Report on sanitation, dispensaries, and jails in Rajputana for 1916, and on vaccination for the year 1916-1917 - 1916-1917
Year: 1916
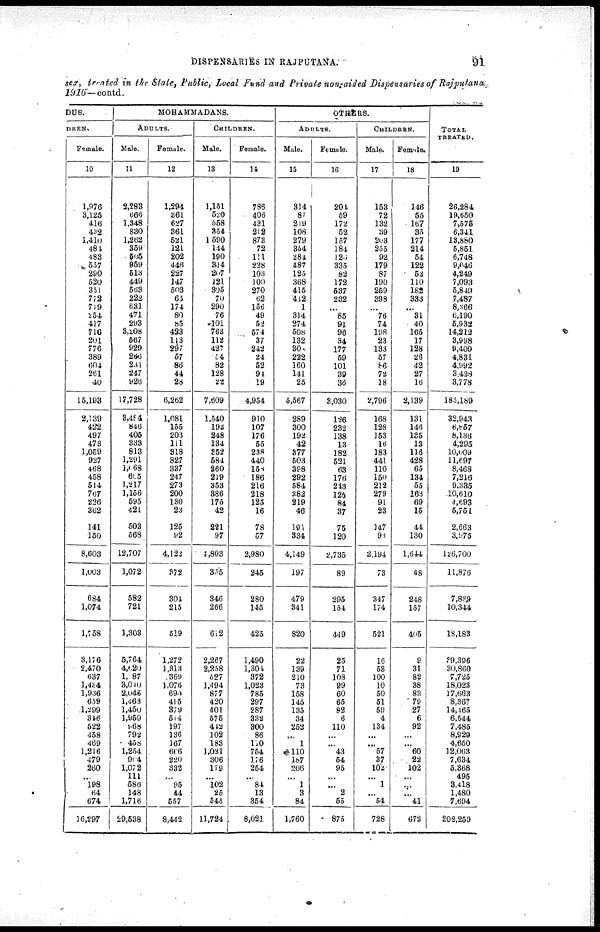
DISPENSARIES IN RAJPUTANA.
91
sex, treated in the Stale, Public, Local Fund and Private non-aided Dispensaries of Rajputana
1916—contd.
DUS.
DREN.
Female.
10
1,976
3,125
416
432
1,410
484
483
557
290
520
351
772
719
254
417
716
201
776
389
604
261
40
15,193
2,139
422
497
473
1,059
927
468
458
514
767
226
362
141
150
8,603
1,003
684
1,074
1,758
3,176
2,470
637
1,434
1,936
659
1,299
346
522
458
469
1,216
479
260
...
198
64
674
16,297
MOHAMMADANS.
ADULTS.
Male.
11
2,283
666
1,348
830
1,262
359
505
959
513
449
563
222
631
471
293
3,208
567
929
266
2,31
247
926
17,728
3,484
846
405
333
813
1,291
1,063
605
1,217
1,156
595
421
503
568
12,707
1,072
582
721
1,303
5,764
4,620
1, 87
3,040
2,046
1,463
l,450
1,959
968
792
458
1,254
904
1,072
111
586
148
1,716
29,538
Female.
12
1,294
361
627
361
521
121
202
446
227
147
503
65
174
80
85
423
113
297
57
86
44
28
6,262
1,081
155
203
111
318
827
337
247
273
200
130
23
125
92
4,122
372
304
215
519
1,272
1,313
369
1,076
690
415
379
514
197
136
167
666
220
332
...
95
44
557
8,442
CHILDREN.
Male.
13
1,151
520
558
354
1,590
144
190
344
207
121
305
70
290
76
101
763
112
427
54
82
128
22
7,609
1,540
192
248
134
352
584
260
219
353
386
175
42
221
97
4,803
3.55
346
266
612
2,267
2,258
527
1,494
877
420
401
575
442
102
183
1,031
306
179
...
102
25
545
11,724
Female.
14
786
406
431
212
873
72
111
228
103
100
270
62
156
49
52
574
37
242
24
52
91
19
4,954
910
107
176
55
238
440
158
186
216
218
125
16
78
57
2,980
245
280
145
425
1,490
1,304
372
1,023
785
297
287
332
300
86
110
754
176
254
...
84
13
354
8,021
OTHERS.
ADULTS.
Male.
15
314
87
219
108
279
354
284
487
125
368
415
412
1
314
274
508
132
308
222
160
141
25
5,567
289
300
192
42
377
503
398
292
584
382
219
46
191
334
4,149
197
479
341
820
22
139
210
73
158
145
135
34
252
...
1
110
187
206
...
1
3
84
1,760
Female.
16
204
59
172
52
157
184
126
335
82
172
537
232
...
85
91
96
34
177
59
101
39
36
3,030
126
232
138
13
182
521
63
176
243
125
84
37
75
120
2,735
89
295
154
449
25
71
108
99
60
65
82
6
110
...
...
43
54
95
...
...
2
55
875
CHILDREN.
Male.
17
153
72
132
39
203
255
92
179
87
190
259
398
...
76
74
198
23
133
57
86
72
18
2,796
168
128
153
16
183
441
110
150
212
279
91
23
147
93
2,194
73
347
174
521
16
53
100
10
50
51
59
4
134
...
...
57
37
102
...
1
...
54
728
Female.
18
146
55
167
35
177
214
54
122
52
110
182
333
...
31
40
165
17
128
26
42
27
16
2,139
131
146
135
13
116
428
65
134
55
163
69
15
44
130
1,644
48
248
157
405
9
31
82
38
83
79
27
6
92
...
...
60
22
102
...
...
...
41
672
TOTAL
TREATED.
19
26,284
19,650
7,575
6,341
13,880
5,851
6,748
9,046
4,249
7,093
5,849
7,487
8,366
6,190
5,932
14,212
3,98
9,409
4,831
4,992
3,428
3,778
185,189
32,943
6,857
8,136
4,295
10,009
11,697
8,468
7,216
9,335
10,610
4,693
5,751
2,663
3,975
126,700
11,876
7,839
10,344
18,183
39,396
30,860
7,725
18,023
17,663
8,367
14,465
6,544
7,485
8,929
4,650
12,063
7,634
5,368
495
3,418
1,480
7,694
202,259